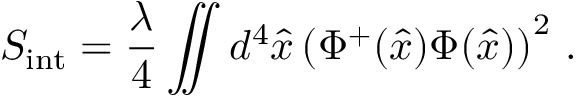
S _ { \mathrm { i n t } } = { \frac { \lambda } { 4 } } \int \! \! \! \! \! \int d ^ { 4 } \hat { x } \left( \Phi ^ { + } ( \hat { x } ) \Phi ( \hat { x } ) \right) ^ { 2 } \, .